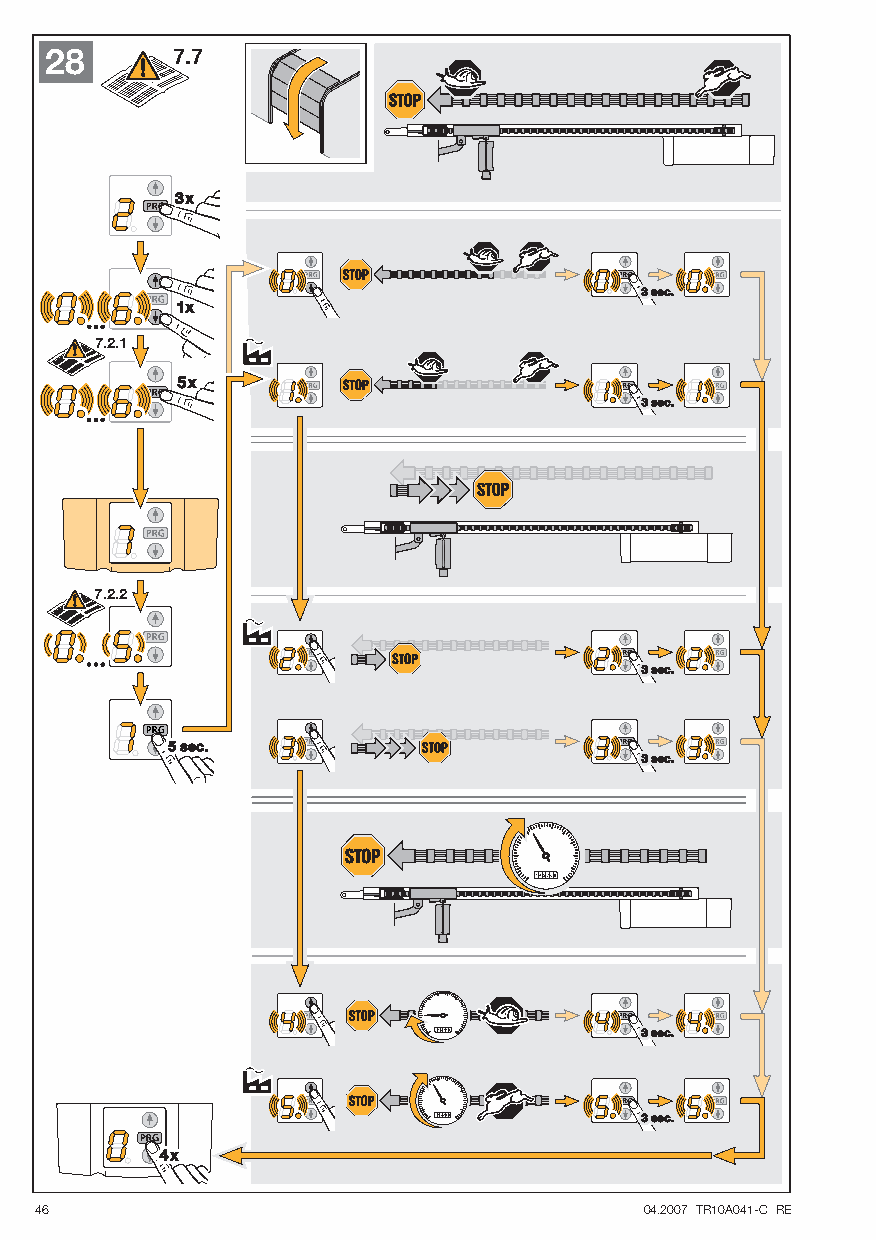
28      7.7
 7.2.1
 7.2.2
 46                                       04.2007 TR10A041-C RE